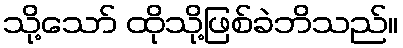
သို့သော် ထိုသို့ဖြစ်ခဲဘိသည်။